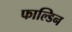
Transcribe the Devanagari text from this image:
फाल्डिन